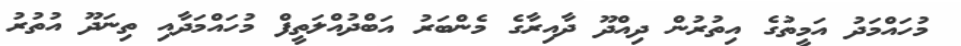
މުހައްމަދު އަމީތުގެ އިތުރުން ދިއްދޫ ދާއިރާގެ މެންބަރު އަބްދުއްލަތީފް މުހައްމަދާއި ތިނަދޫ އުތުރު